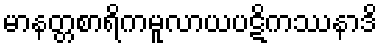
မာနတ္တစာရိကမူလာယပဋိကဿနာဒိ